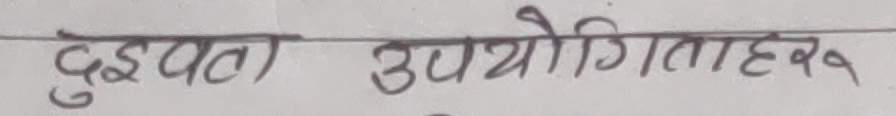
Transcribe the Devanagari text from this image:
दुइवटा उपयोगिताहरु